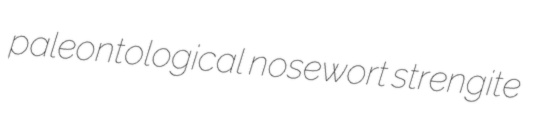
paleontological nosewort strengite